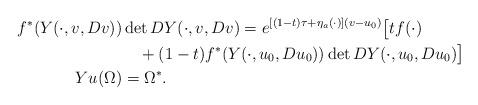
LaTeX: \begin{align*} f^*(Y(\cdot,v,Dv))&\det DY(\cdot,v,Dv) = e^{[(1-t)\tau+\eta_a(\cdot)](v-u_0)}\big[tf(\cdot)\\ &\quad+(1-t)f^*(Y(\cdot,u_0,Du_0))\det DY(\cdot,u_0,Du_0)\big]\\ Yu(\Omega) &= \Omega^*. \end{align*}